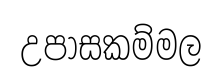
උපාසකම්මල